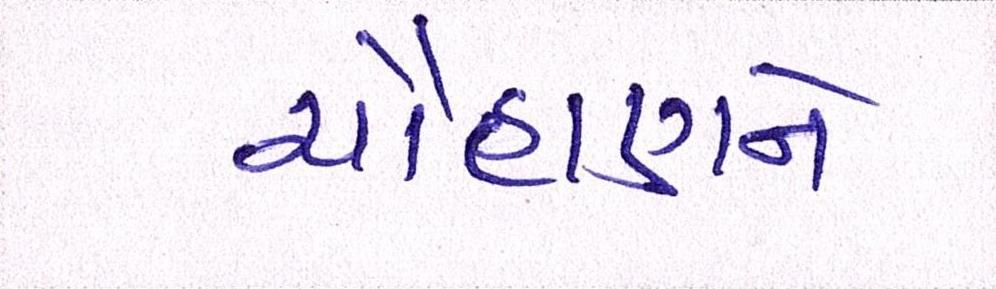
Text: ચૌહાણને